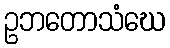
ဥဘတောသံဃေ